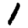
Digit: 1